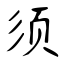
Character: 须